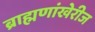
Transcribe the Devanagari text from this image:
ब्राह्मणांखेरीज